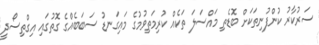
ސަރުކާރު ކުންފުނިތަކަށް ބޮޑެތި މައްސަލަ ތަކެއް ކުރިމަތިވުމުގެ މައިގަނޑު ސަބަބެއްގެ ގޮތުގައި އިގްތިސޯދީ